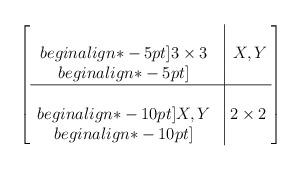
LaTeX: \begin{align*}\left[\begin{array}{ccc}&\vrule&\\begin{align*}-5pt]3\times3&\vrule&\hspace{-4pt}X,Y\hspace{-2pt}\\begin{align*}-5pt]&\vrule&\\\hline&\vrule&\\begin{align*}-10pt]X,Y&\vrule&\hspace{-9pt}2\times2\hspace{-4pt}\\begin{align*}-10pt]&\vrule&\end{array}\right]\end{align*}